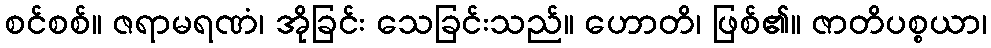
စင်စစ်။ ဇရာမရဏံ၊ အိုခြင်း သေခြင်းသည်။ ဟောတိ၊ ဖြစ်၏။ ဇာတိပစ္စယာ၊